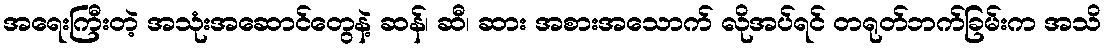
အရေးကြီးတဲ့ အသုံးအဆောင်တွေနဲ့ ဆန်၊ ဆီ၊ ဆား အစားအသောက် လိုအပ်ရင် တရုတ်ဘက်ခြမ်းက အသိ